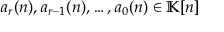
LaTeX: a _ { r } ( n ) , a _ { r - 1 } ( n ) , \ldots , a _ { 0 } ( n ) \in \mathbb { K } [ n ]